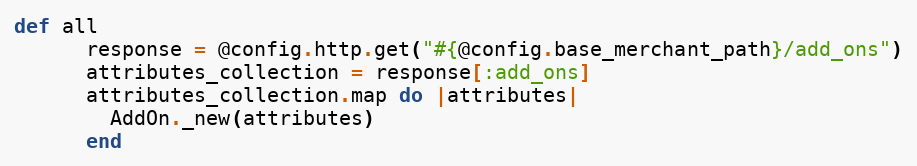
Language: Ruby
def all
      response = @config.http.get("#{@config.base_merchant_path}/add_ons")
      attributes_collection = response[:add_ons]
      attributes_collection.map do |attributes|
        AddOn._new(attributes)
      end